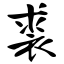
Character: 裘